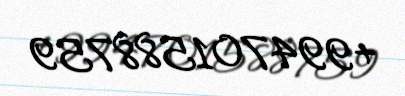
+994701588759